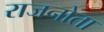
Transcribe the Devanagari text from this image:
राजनोता